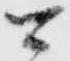
可